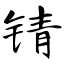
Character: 锖